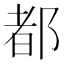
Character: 都